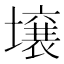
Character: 壌